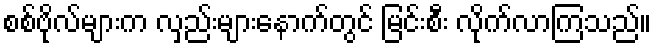
စစ်ဗိုလ်များက လှည်းများနောက်တွင် မြင်းစီး လိုက်လာကြသည်။